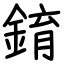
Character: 錥